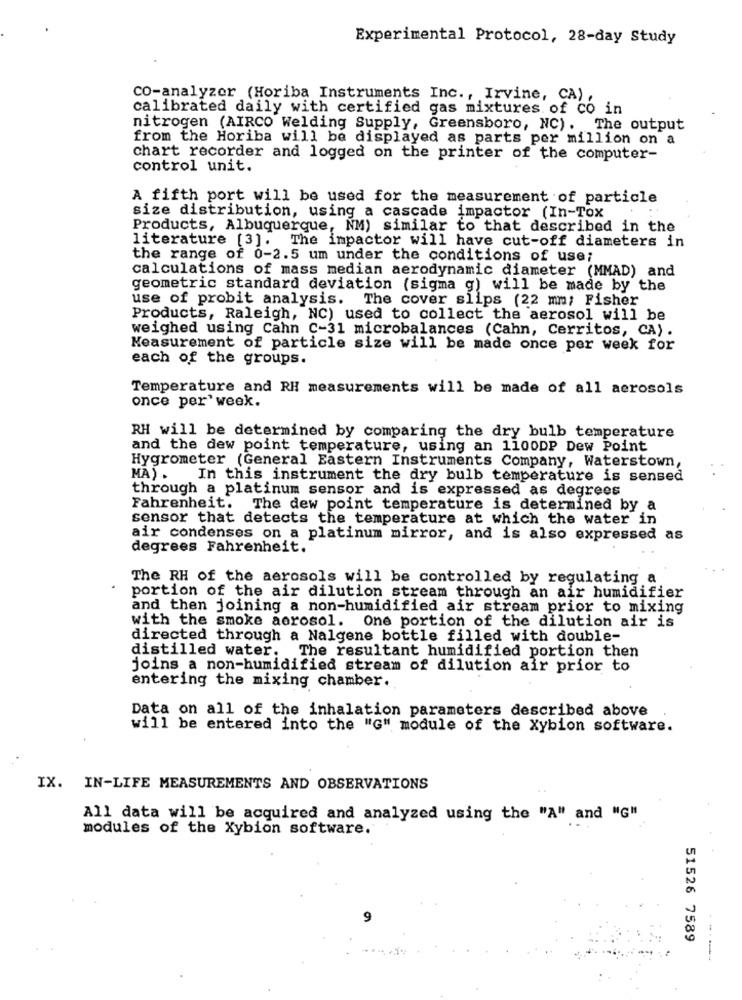
Experimental Protocol, 28-day Study
CO-analyzer (Horiba Instruments Inc ., Irvine, CA) ,
calibrated daily with certified gas mixtures of CO in
nitrogen (AIRCO Welding Supply, Greensboro, NC). The output
from the Horiba will be displayed as parts per million on a
chart recorder and logged on the printer of the computer-
control unit.
A fifth port will be used for the measurement of particle
size distribution, using a cascade impactor (In-Tox
Products, Albuquerque, NM) similar to that described in the
literature [3]. The impactor will have cut-off diameters in
the range of 0-2.5 um under the conditions of use;
calculations of mass median aerodynamic diameter (MMAD) and
geometric standard deviation (sigma g) will be made by the
use of probit analysis. The cover slips (22 mm; Fisher
Products, Raleigh, NC) used to collect the aerosol will be
weighed using Cahn C-31 microbalances (Cahn, Cerritos, CA).
Measurement of particle size will be made once per week for
each of the groups.
Temperature and RH measurements will be made of all aerosols
once per' week.
RH will be determined by comparing the dry bulb temperature
and the dew point temperature, using an 1100DP Dew Point
Hygrometer (General Eastern Instruments Company, Waterstown,
MA) .
In this instrument the dry bulb temperature is sensed
through a platinum sensor and is expressed as degrees
Fahrenheit. The dew point temperature is determined by a
sensor that detects the temperature at which the water in
air condenses on a platinum mirror, and is also expressed as
degrees Fahrenheit.
The RH of the aerosols will be controlled by regulating a
portion of the air dilution stream through an air humidifier
and then joining a non-humidified air stream prior to mixing
with the smoke aerosol. One portion of the dilution air is
directed through a Nalgene bottle filled with double-
distilled water.
The resultant humidified portion then
joins a non-humidified stream of dilution air prior to
entering the mixing chamber.
Data on all of the inhalation parameters described above
will be entered into the "G" module of the Xybion software.
IX. IN-LIFE MEASUREMENTS AND OBSERVATIONS
All data will be acquired and analyzed using the "A" and "G"
modules of the Xybion software.
9
51526 7589